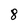
Character: 8